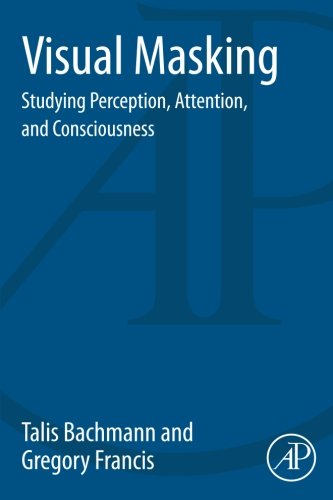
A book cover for Visual Masking: Studying Perception, Attention, and Consciousness; Talis Bachmann; Medical Books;